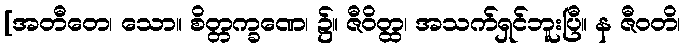
[အတီတေ၊ သော။ စိတ္တက္ခဏေ၊ ၌။ ဇီဝိတ္ထ၊ အသက်ရှင်ဘူးပြီ။ န ဇီဝတိ၊